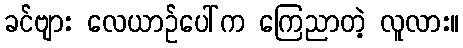
ခင်ဗျား လေယာဉ်ပေါ်က ကြေညာတဲ့ လူလား။